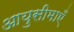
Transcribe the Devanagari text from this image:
आयुसीमाएँ